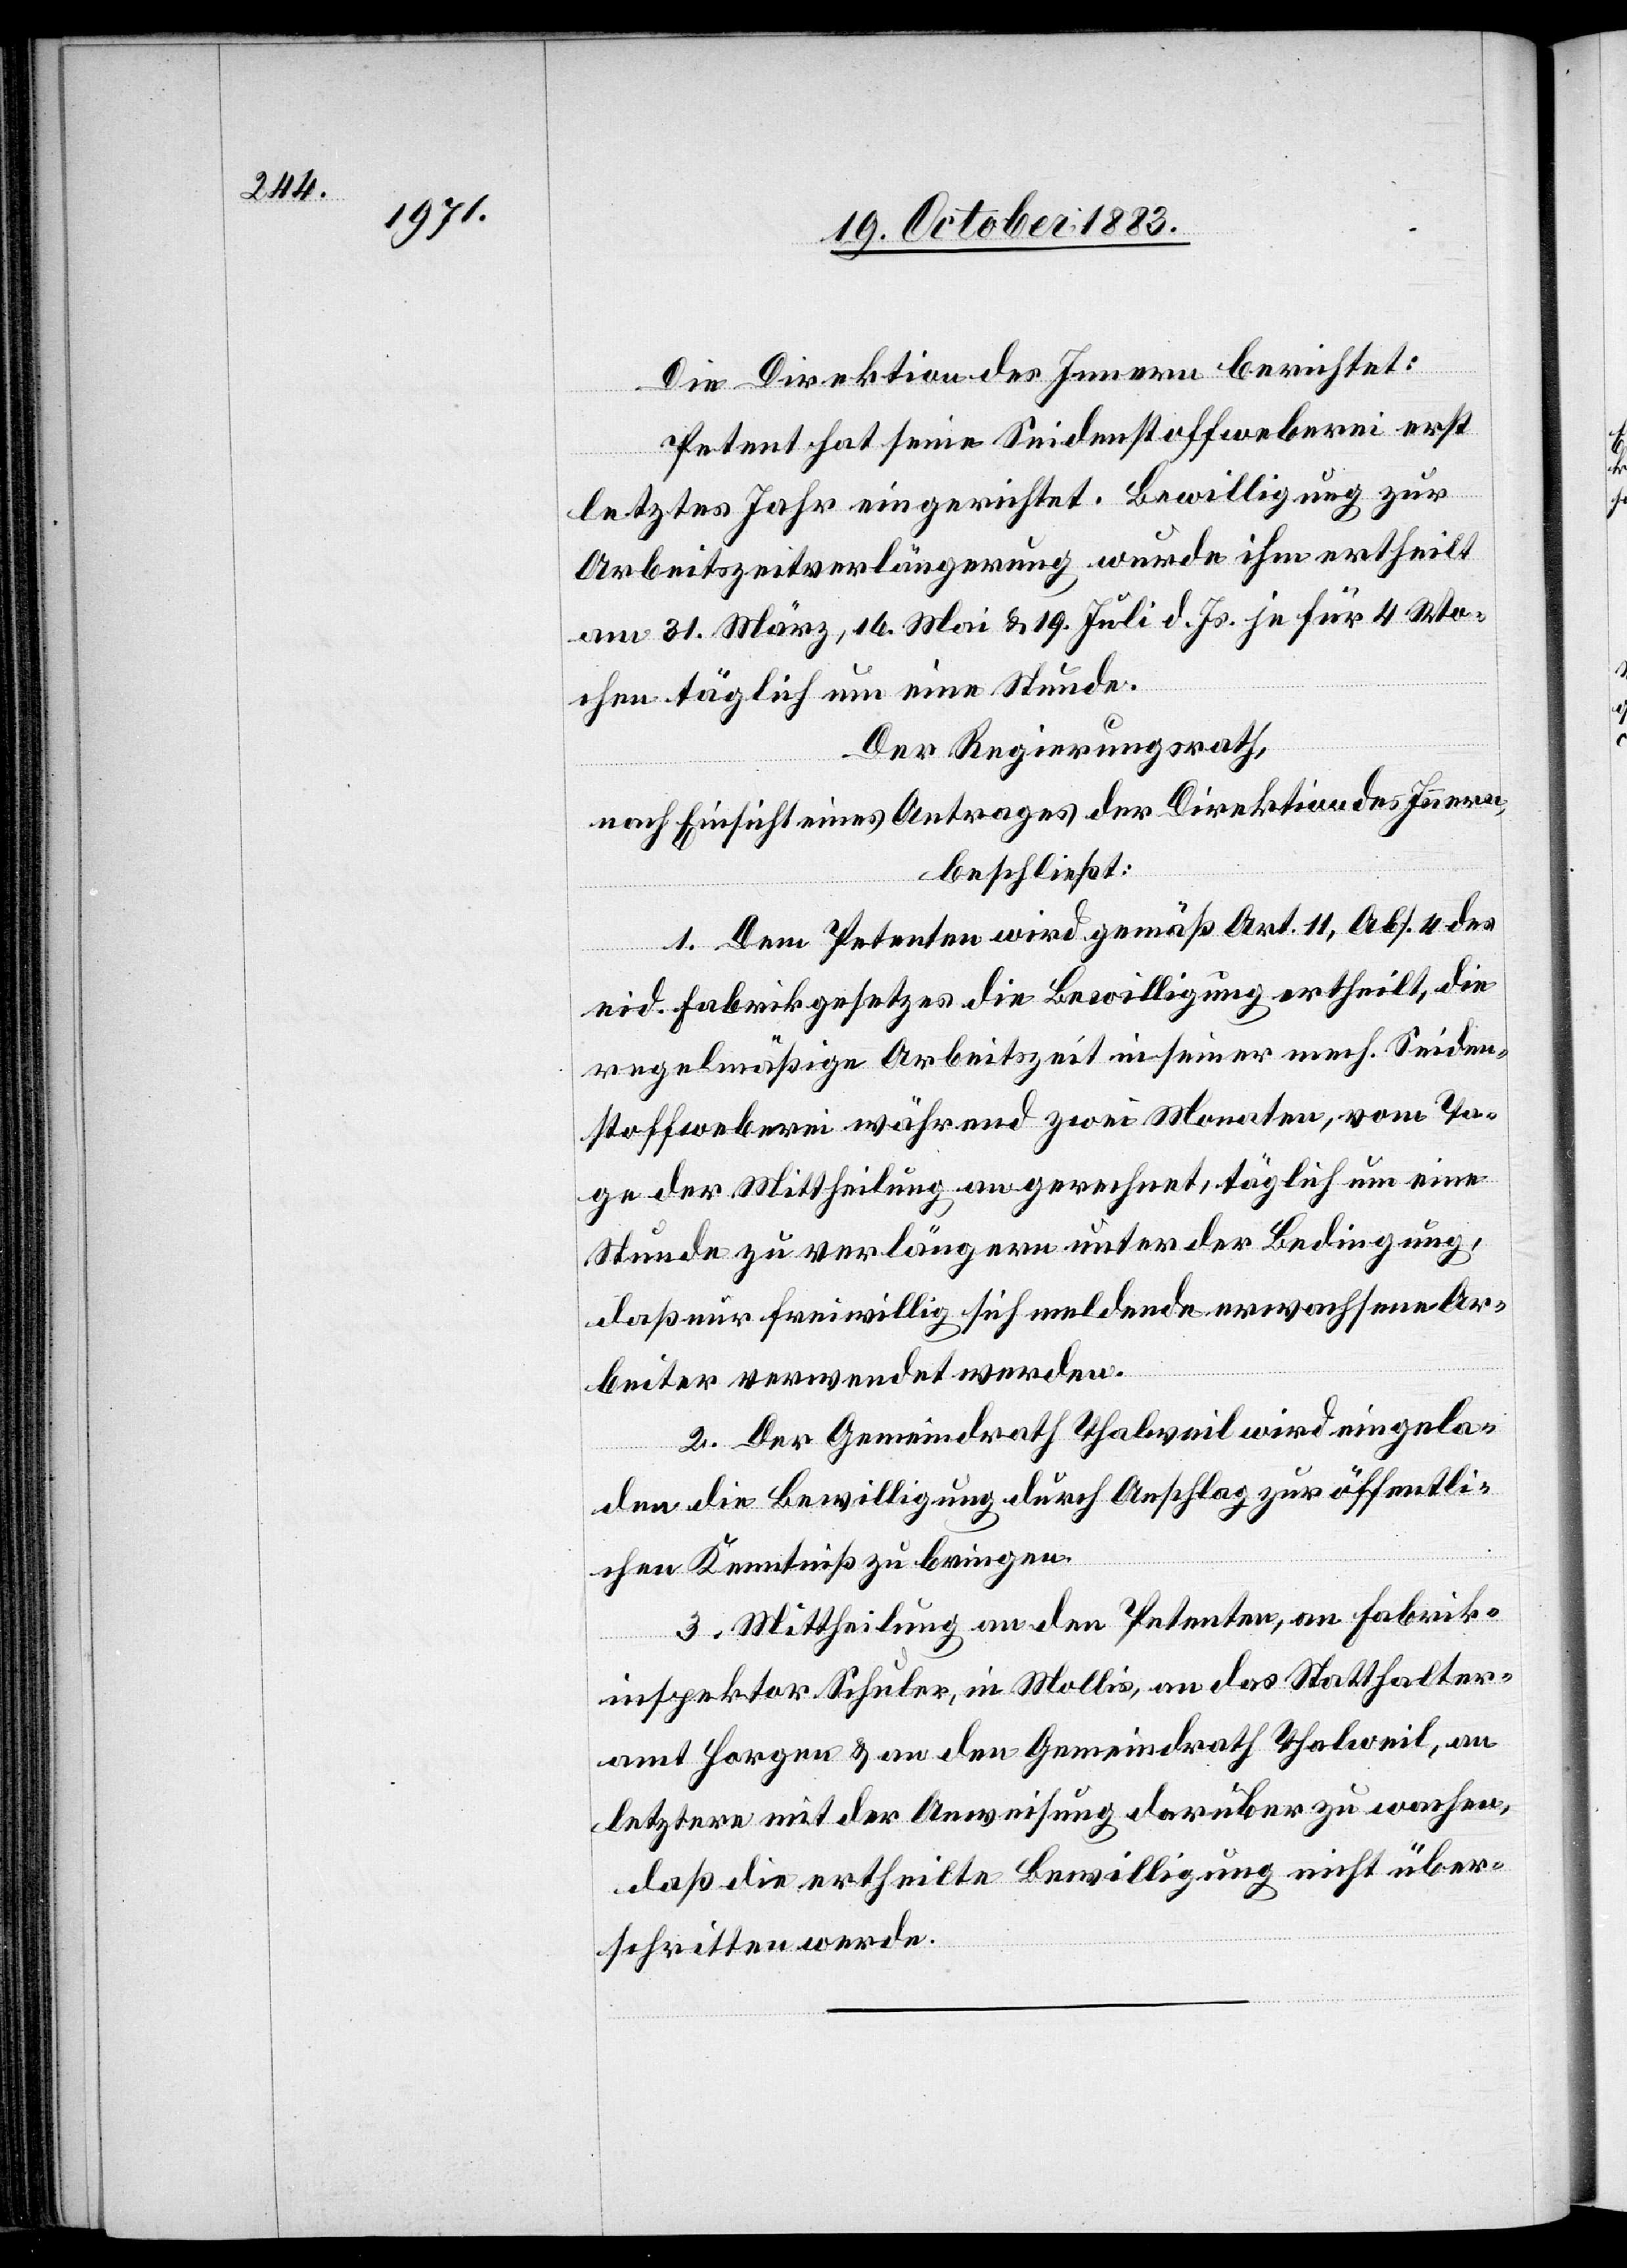
Die Direktion des Innern berichtet:
Petent hat seine Seidenstoffweberei erst
letztes Jahr eingerichtet. Bewilligung zur
Arbeitszeitverlängerung wurde ihm ertheilt
am 31. März, 16. Mai & 19. Juli d. Js. je für 4 Wo¬
chen täglich um eine Stunde.
Der Regierungsrath,
nach Einsicht eines Antrage der Direktion des Innern,
beschließt:
1. Dem Petenten wird gemäß Art. 11, Abs. 4 des
eid. Fabrikgesetzes die Bewilligung ertheilt, die
regelmäßige Arbeitszeit in seiner mech. Seiden¬
stoffweberei während zwei Monaten, vom Ta¬
ge der Mittheilung an gerechnet, täglich um eine
Stunde zu verlängern unter der Bedingung,
daß nur freiwillig sich meldende erwachsene Ar¬
beiter verwendet werden.
2. Der Gemeindrath Thalweil wird eingela¬
den die Bewilligung durch Anschlag zur öffentli¬
chen Kenntniß zu bringen.
3. Mittheilung an den Petenten, an Fabrik¬
inspektor Schuler, in Mollis, an das Statthalter¬
amt Horgen & an den Gemeindrath Thalweil, an
letztere mit der Anweisung darüber zu wachen,
daß die ertheilte Bewilligung nicht über¬
schritten werde.